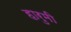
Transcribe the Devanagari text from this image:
हारुमी